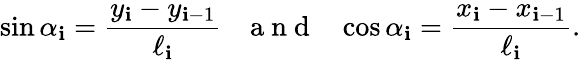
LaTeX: \sin\alpha_{\mathbf{i}}=\frac{{y_{\mathbf{i}}-y_{\mathbf{i}-1}}}{{\ell_{\mathbf{i}}}}~~~\mathrm{{~a~n~d~}}~~~\cos\alpha_{\mathbf{i}}=\frac{{x_{\mathbf{i}}-x_{\mathbf{i}-1}}}{{\ell_{\mathbf{i}}}}.